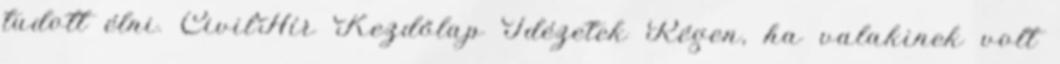
tudott élni. CivilHír Kezdőlap Idézetek Régen, ha valakinek volt